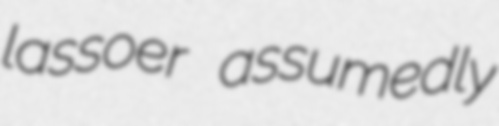
lassoer assumedly